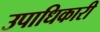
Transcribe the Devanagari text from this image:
उपाधिकारी